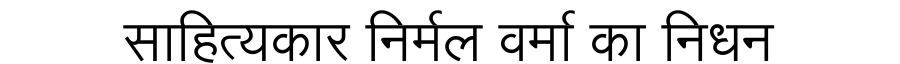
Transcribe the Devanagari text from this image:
साहित्यकार निर्मल वर्मा का निधन